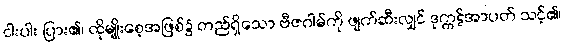
ငါးပါး ပြား၏၊ ထိုမျိုးစေ့အဖြစ်၌ တည်ရှိသော ဗီဇဂါမ်ကို ဖျက်ဆီးလျှင် ဒုက္ကဋ်အာပတ် သင့်၏၊